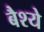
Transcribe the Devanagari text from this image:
बैश्ये